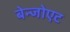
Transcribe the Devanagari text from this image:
बेन्जोएट